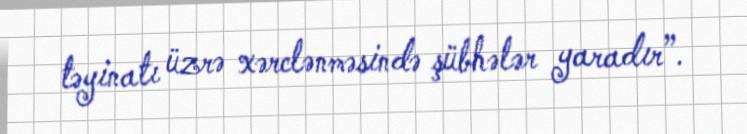
təyinatı üzrə xərclənməsində şübhələr yaradır”.